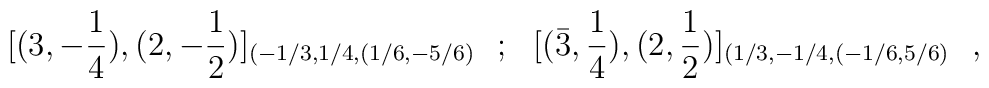
[(3,-{1\over4}),(2,-{1\over2})]_{(-1/3,1/4,(1/6,-5/6)}~~;~~[(\bar3,{1\over4}),(2,{1\over2})]_{(1/3,-1/4,(-1/6,5/6)} \ \ ,